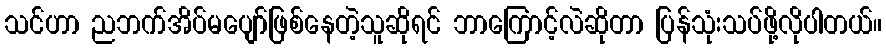
သင်ဟာ ညဘက်အိပ်မပျော်ဖြစ်နေတဲ့သူဆိုရင် ဘာကြောင့်လဲဆိုတာ ပြန်သုံးသပ်ဖို့လိုပါတယ်။